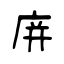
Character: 庰